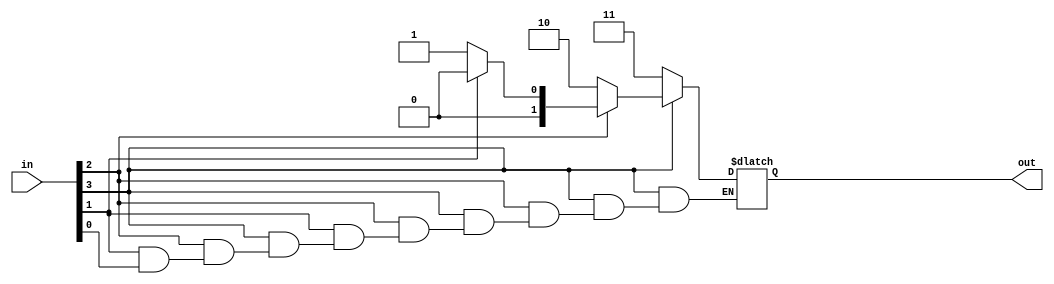
module priorityEncoder_4x2(input [3:0] in,output reg [1:0] out);
  always @ (in)
  begin
    if(in[3]==0) out=2'b11;
    else if(in[2]==0) out=2'b10;
    else if(in[1]==0) out=2'b01;
    else if(in[0]==0) out=2'b00;   
  end
endmodule